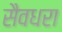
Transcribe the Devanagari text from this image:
सैवधरा